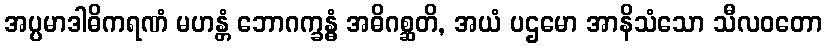
အပ္ပမာဒါဓိကရဏံ မဟန္တံ ဘောဂက္ခန္ဓံ အဓိဂစ္ဆတိ, အယံ ပဌမော အာနိသံသော သီလဝတော